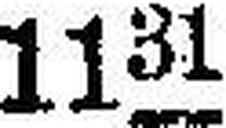
1131